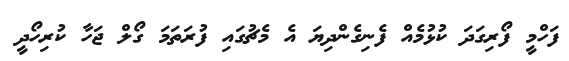
ފަހްމީ ފޯރިގަދަ ކުޅުމެއް ފެނިގެންދިޔަ އެ މެޗުގައި ފުރަތަމަ ގޯލް ޖަހާ ކުރިހޯދީ